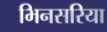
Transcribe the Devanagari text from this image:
भिनसरिया